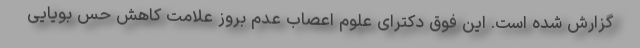
گزارش شده است. این فوق دکترای علوم اعصاب عدم بروز علامت کاهش حس بویایی